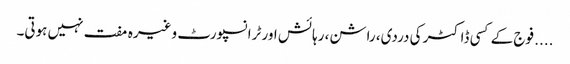
.... فوج کے کسی ڈاکٹر کی دردی، راشن، رہائش اور ٹرانسپورٹ وغیرہ مفت نہیں ہوتی۔